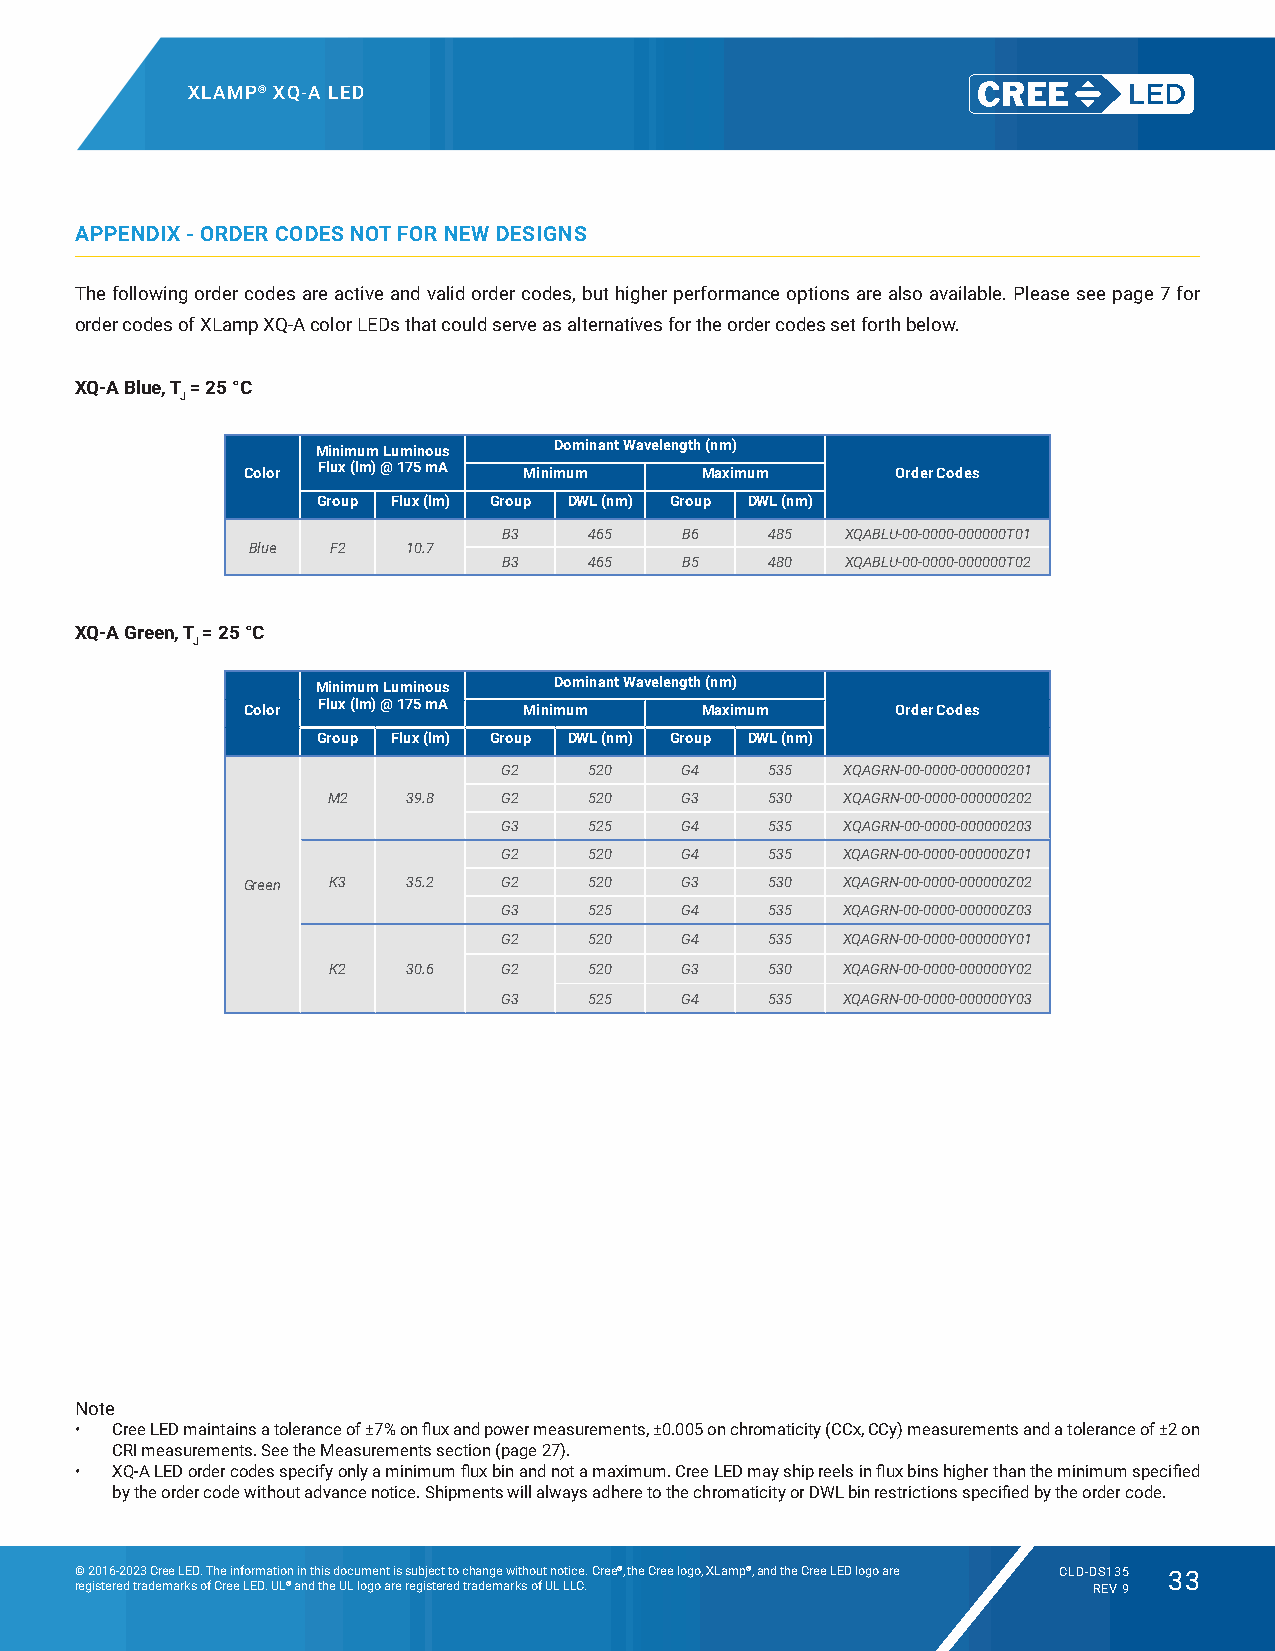
XLAMP® XQ-A LED
 APPENDIX - ORDER CODES NOT FOR NEW DESIGNS
 The following order codes are active and valid order codes, but higher performance options are also available. Please see page 7 for
 order codes of XLamp XQ-A color LEDs that could serve as alternatives for the order codes set forth below.
 XQ-A Blue, T = 25 °C
 J
 Minimum Luminous Dominant Wavelength (nm)
 Color Flux (lm) @ 175 mA Minimum Maximum   Order Codes
 Group Flux (lm) Group DWL (nm) Group DWL (nm)
 B3    465   B6    485  XQABLU-00-0000-000000T01
 Blue  F2   10.7
 B3    465   B5    480  XQABLU-00-0000-000000T02
 XQ-A Green, T = 25 °C
 J
 Minimum Luminous Dominant Wavelength (nm)
 Color Flux (lm) @ 175 mA Minimum Maximum   Order Codes
 Group Flux (lm) Group DWL (nm) Group DWL (nm)
 G2    520   G4    535  XQAGRN-00-0000-000000201
 M2   39.8  G2    520   G3    530  XQAGRN-00-0000-000000202
 G3    525   G4    535  XQAGRN-00-0000-000000203
 G2    520   G4    535  XQAGRN-00-0000-000000Z01
 Green K3   35.2  G2    520   G3    530  XQAGRN-00-0000-000000Z02
 G3    525   G4    535  XQAGRN-00-0000-000000Z03
 G2    520   G4    535  XQAGRN-00-0000-000000Y01
 K2   30.6  G2    520   G3    530  XQAGRN-00-0000-000000Y02
 G3    525   G4    535  XQAGRN-00-0000-000000Y03
 Note
 • Cree LED maintains a tolerance of ±7% on flux and power measurements, ±0.005 on chromaticity (CCx, CCy) measurements and a tolerance of ±2 on
 CRI measurements. See the Measurements section (page 27).
 • XQ-A LED order codes specify only a minimum flux bin and not a maximum. Cree LED may ship reels in flux bins higher than the minimum specified
 by the order code without advance notice. Shipments will always adhere to the chromaticity or DWL bin restrictions specified by the order code.
 © 2016-2023 Cree LED. The information in this document is subject to change without notice. Cree®, the Cree logo, XLamp®, and the Cree LED logo are CLD-DS135 33
 registered trademarks of Cree LED. UL® and the UL logo are registered trademarks of UL LLC. REV 9